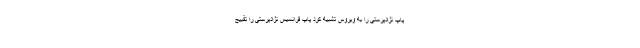
پاپ نژادپرستی را به ویروس تشبیه کرد پاپ فرانسیس نژادپرستی را تقبیح